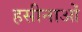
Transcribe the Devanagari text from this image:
हसीनाओं